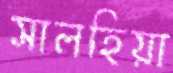
সালহিয়া